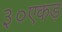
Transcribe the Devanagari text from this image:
३०एकड़